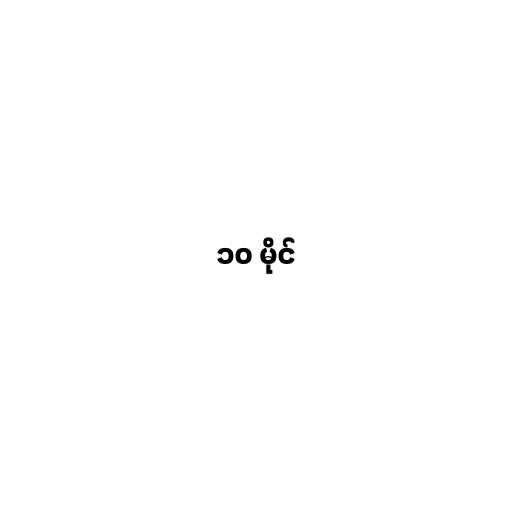
၁၀ မိုင်